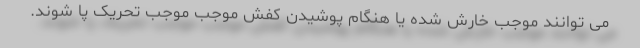
می توانند موجب خارش شده یا هنگام پوشیدن کفش موجب موجب تحریک پا شوند.